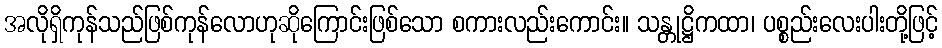
အလိုရှိကုန်သည်ဖြစ်ကုန်လောဟုဆိုကြောင်းဖြစ်သော စကားလည်းကောင်း။ သန္တုဋ္ဌိကထာ၊ ပစ္စည်းလေးပါးတို့ဖြင့်